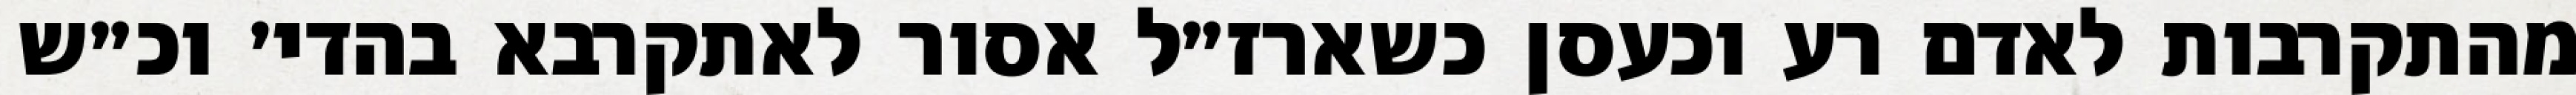
מהתקרבות לאדם רע וכעסן כשארז״ל אסור לאתקרבא בהדי׳ וכ״ש